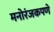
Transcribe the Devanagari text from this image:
मनोरंजकपणे